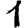
Digit: 1